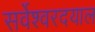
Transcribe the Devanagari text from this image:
सर्वेश्वरदयाल